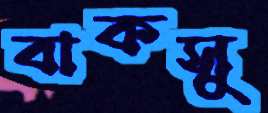
বাকসু